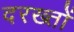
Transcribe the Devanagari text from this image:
दरख्तों